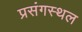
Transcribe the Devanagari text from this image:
प्रसंगस्थल